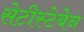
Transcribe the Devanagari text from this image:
सेटीस्‍टेबेन